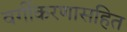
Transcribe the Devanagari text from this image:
वर्गीकरणासहित